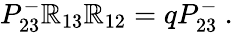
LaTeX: P_{23}^{-}\mathbb{R}_{13}\mathbb{R}_{12}=qP_{23}^{-}~.